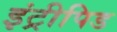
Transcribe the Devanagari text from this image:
इंट्रीपिड